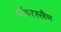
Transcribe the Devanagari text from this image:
पॉवरस्लैम